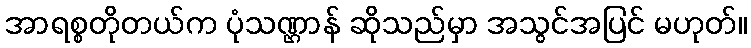
အာရစ္စတိုတယ်က ပုံသဏ္ဌာန် ဆိုသည်မှာ အသွင်အပြင် မဟုတ်။